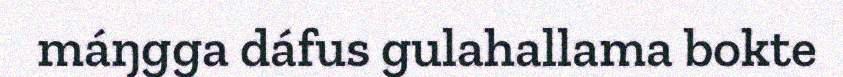
máŋgga dáfus gulahallama bokte